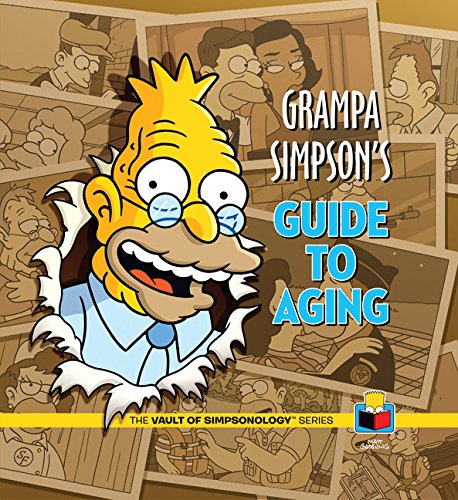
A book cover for Grampa Simpson's Guide to Aging (The Vault of Simpsonology); Matt Groening; Arts & Photography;